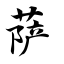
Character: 萨